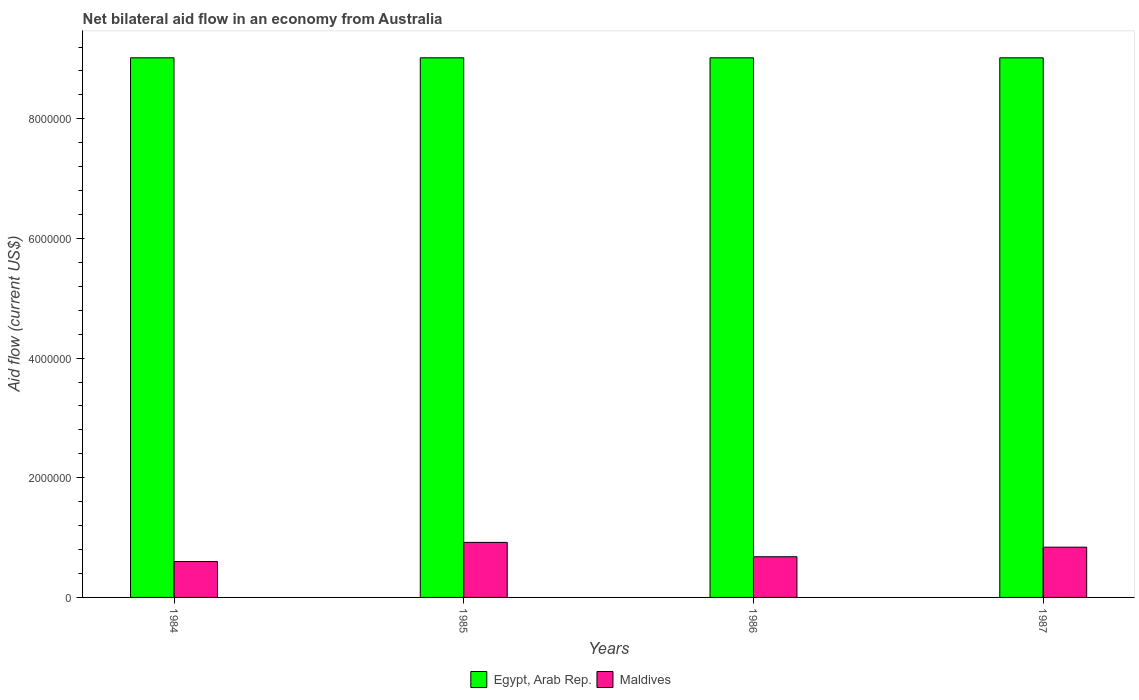
| Years | Egypt, Arab Rep. | Maldives |
 | --- | --- | --- |
 | 1984 | 9.02e+06 | 6e+05 |
 | 1985 | 9.02e+06 | 9.2e+05 |
 | 1986 | 9.02e+06 | 6.8e+05 |
 | 1987 | 9.02e+06 | 8.4e+05 |